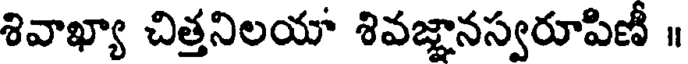
శివాఖ్యా చిత్తనిలయా శివజ్ఞానస్వరూపిణీ ॥